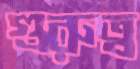
গুরুত্ব